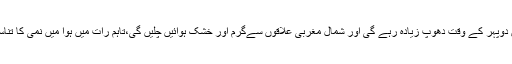
ڈائریکٹر محکمہ موسمیات نے بتایا کہ اکتوبر میں دوپہر کے وقت دھوپ زیادہ رہے گی اور شمال مغربی علاقوں سےگرم اور خشک ہوائیں چلیں گی،تاہم رات میں ہوا میں نمی کا تناسب کم ہونے سے خنکی محسوس کی جاسکتی ہے۔